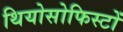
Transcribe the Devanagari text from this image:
थियोसोफिस्टों